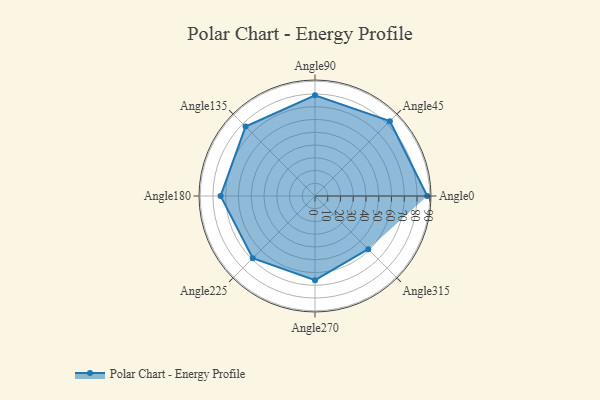
{"axis": {"x": "Angle", "y": "Radius"}, "legend": [""], "data": [{"x": "Angle0", "y": 88.0, "type": ""}, {"x": "Angle45", "y": 83.0, "type": ""}, {"x": "Angle90", "y": 79.0, "type": ""}, {"x": "Angle135", "y": 77.0, "type": ""}, {"x": "Angle180", "y": 74.0, "type": ""}, {"x": "Angle225", "y": 69.0, "type": ""}, {"x": "Angle270", "y": 66.0, "type": ""}, {"x": "Angle315", "y": 59.0, "type": ""}]}